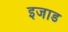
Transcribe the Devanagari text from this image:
इजाड